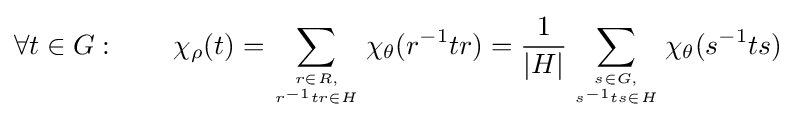
\forall t\in G:\qquad \chi _{\rho }(t)=\sum _{r\in R, \atop r^{-1}tr\in H}^{}\chi _{\theta }(r^{-1}tr)={\frac {1}{|H|}}\sum _{s\in G, \atop s^{-1}ts\in H}^{}\chi _{\theta }(s^{-1}ts)